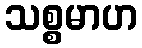
သစ္စမာဟ